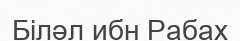
Біләл ибн Рабах